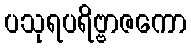
ပသုရပရိဗ္ဗာဇကော